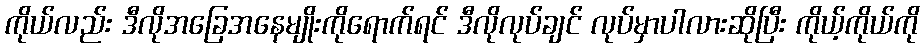
ကိုယ်လည်း ဒီလိုအခြေအနေမျိုးကိုရောက်ရင် ဒီလိုလုပ်ချင် လုပ်မှာပါလားဆိုပြီး ကိုယ့်ကိုယ်ကို